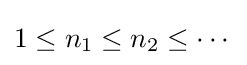
1\leq n_{1}\leq n_{2}\leq \cdots